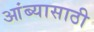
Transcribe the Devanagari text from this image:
आंब्यासाठी